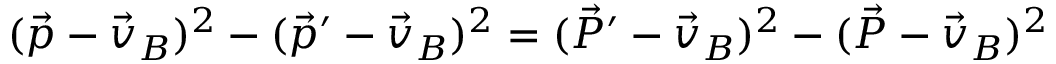
( \vec { p } - \vec { v } _ { B } ) ^ { 2 } - ( \vec { p } ^ { \prime } - \vec { v } _ { B } ) ^ { 2 } = ( \vec { P } ^ { \prime } - \vec { v } _ { B } ) ^ { 2 } - ( \vec { P } - \vec { v } _ { B } ) ^ { 2 }